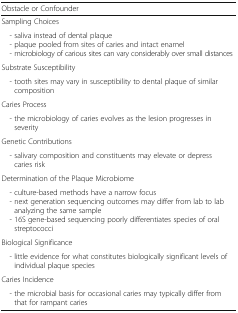
| <COLSPAN=2> Obstacle or Confounder |
 | --- | --- |
 | <COLSPAN=2> Sampling Choices |
 | <COLSPAN=2> - saliva instead of dental plaque - plaque pooled from sites of caries and intact enamel - microbiology of carious sites can vary considerably over small distances |
 | <COLSPAN=2> Substrate Susceptibility |
 | <COLSPAN=2> - tooth sites may vary in susceptibility to dental plaque of similar composition |
 | <COLSPAN=2> Caries Process |
 | <COLSPAN=2> - the microbiology of caries evolves as the lesion progresses in severity |
 | <COLSPAN=2> Genetic Contributions |
 | <COLSPAN=2> - salivary composition and constituents may elevate or depress caries risk |
 | <COLSPAN=2> Determination of the Plaque Microbiome |
 | <COLSPAN=2> - culture-based methods have a narrow focus - next generation sequencing outcomes may differ from lab to lab analyzing the same sample - 16S gene-based sequencing poorly differentiates species of oral streptococci |
 | <COLSPAN=2> Biological Significance |
 | <COLSPAN=2> - little evidence for what constitutes biologically significant levels of individual plaque species |
 | <COLSPAN=2> Caries Incidence |
 | <COLSPAN=2> - the microbial basis for occasional caries may typically differ from that for rampant caries |